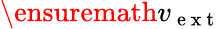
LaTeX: \ensuremath{v_{\mathrm{~e~x~t~}}}